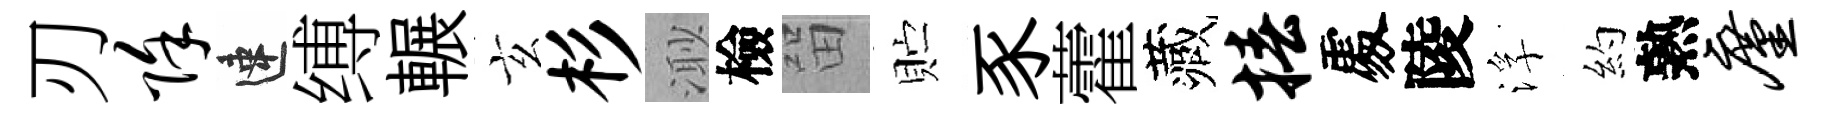
刃除速缚輾玄杉𣺌檢㽞贮豕藿藏椿𠁅陵浮約熟廑